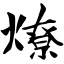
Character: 燎